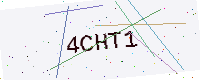
Text: 4CHT1